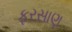
ફરસાણ